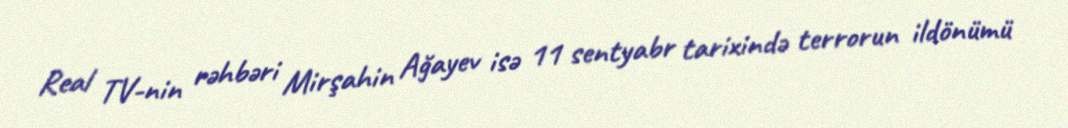
Real TV-nin rəhbəri Mirşahin Ağayev isə 11 sentyabr tarixində terrorun ildönümü